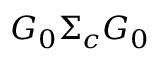
G _ { 0 } \Sigma _ { c } G _ { 0 }